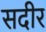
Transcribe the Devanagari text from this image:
सदीर